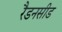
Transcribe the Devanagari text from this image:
रैडनसीड